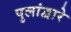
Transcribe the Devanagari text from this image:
पुलांद्वारे